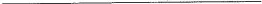
___